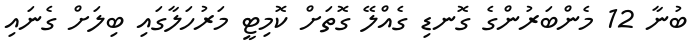
ބުނާ 12 މެންބަރުންގެ ގޮނޑި ގެއްލޭ ގޮތަށް ކޮމިޓީ މަރުހަލާގައި ބިލަށް ގެނައި